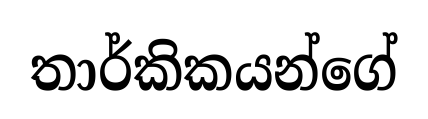
තාර්කිකයන්ගේ